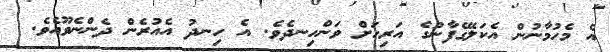
އެ މެހުމާނުން އެކަލޭގެފާނުގެ އަރިހަށް ވަންހިނދެވެ. އެ ހިނދު އެއުރެން ދެންނެވޫއެވެ.